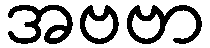
အဗဗာ